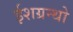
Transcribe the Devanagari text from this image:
ईशग्रन्थो